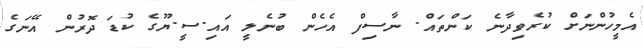
އެމީހުންނަށް ކުރެވިދާނެ ކަންތައް. ނާސިފް އެހެން ބުނެލީ އައި.ސީ.ޔޫގެ ކުޑަ ދޮރުން އޭނަގެ